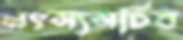
মৎস্যসচিব